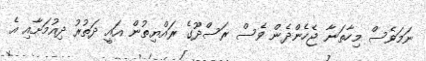
ނަމަވެސް މިހާތަނާ ޖެހެންދެން ވެސް ރަސްދޫގެ ރައްޔިތުން އައީ ދަތުރު ދިއުމަށާއި އެ